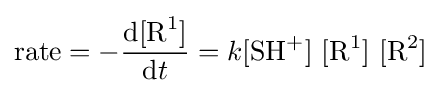
{\text{rate}}=-{\frac {{\text{d}}[{\mathrm {R} {\vphantom {A}}^{1}}]}{{\text{d}}t}}=k{[\mathrm {SH} {\vphantom {A}}^{+}]~[\mathrm {R} {\vphantom {A}}^{1}]~[\mathrm {R} {\vphantom {A}}^{2}]}